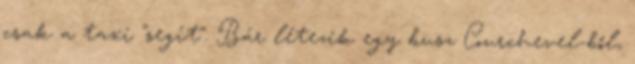
csak a taxi "segít". Bár létezik egy busz Courchevel-ből,